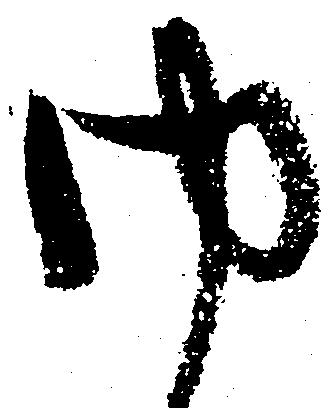
内